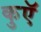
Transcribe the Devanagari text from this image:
कुएॅ